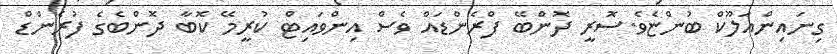
ގިނައިންއަލޫކް ބުންޏެވެ.ސޮރީ ދޮންބޭ ފްރެންޑައް ވެސް އިންވައިޓް ކުރީމޭ ކޮބާ ދޮންބެގެ ފުރެންޑް